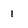
Character: 1